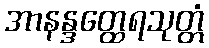
အာနန္ဒတ္ထေရသုတ္တံ